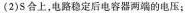
(2)S合上，电路稳定后电容器两端的电压；